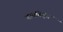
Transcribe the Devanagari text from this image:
बायबिड़ंग